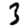
Digit: 3